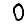
Digit: 0